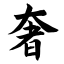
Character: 奢